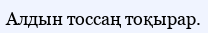
Алдын тоссаң тоқырар.